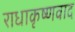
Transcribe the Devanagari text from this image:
राधाकृष्णवाद